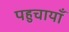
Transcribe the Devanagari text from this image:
पहुचायाँ